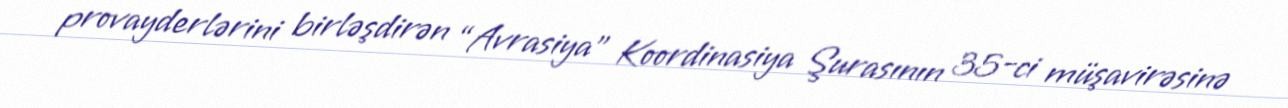
provayderlərini birləşdirən “Avrasiya” Koordinasiya Şurasının 35-ci müşavirəsinə